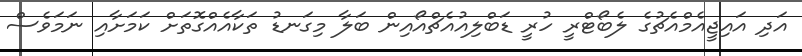
އަދި އައިޖީއެމްއެޗުގެ ލެބޯޓްރީ ހުރީ ޑަބްލިއުއެޗްއޯއިން ބަލާ މިގަނޑު ތަކާއެއްގޮތަށް ކަމަށާއި ނަމަވެސް